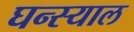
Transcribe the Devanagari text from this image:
घन्स्याल